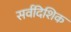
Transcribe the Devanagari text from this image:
सर्वदिशिक